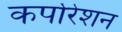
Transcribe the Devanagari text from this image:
कर्पोरेशन